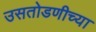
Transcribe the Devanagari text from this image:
उसतोडणीच्या